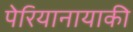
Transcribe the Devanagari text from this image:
पेरियानायाकी